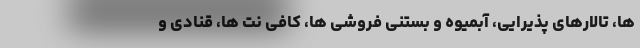
ها، تالارهای پذیرایی، آبمیوه و بستنی فروشی ها، کافی نت ها، قنادی و